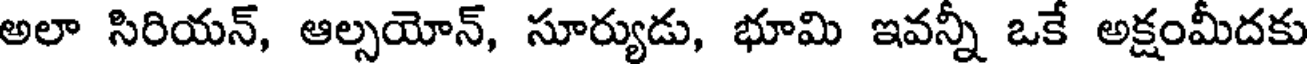
అలా సిరియన్, ఆల్సయోన్, సూర్యుడు, భూమి ఇవన్నీ ఒకే అక్షంమీదకు